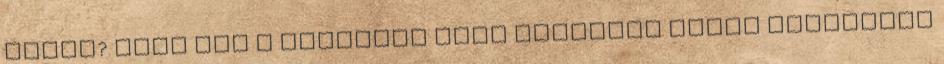
elnök? Hogy nem a mögöttük álló pénzügyi körök alkujának